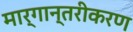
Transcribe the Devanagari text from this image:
मार्गान्तरीकरण